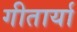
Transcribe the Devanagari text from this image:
गीतार्या